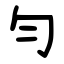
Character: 勻